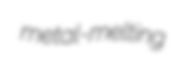
metal-melting